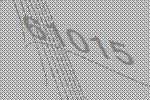
61015